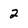
Character: 2